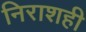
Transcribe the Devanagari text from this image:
निराशही